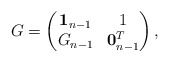
\begin{align*}G=\begin{pmatrix}\mathbf{1}_{n-1} & 1\\ G_{n-1} & \mathbf{0}_{n-1}^T\end{pmatrix},\end{align*}